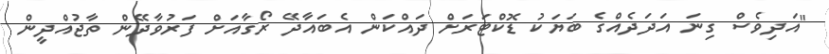
"އަދިވެސް ގިނަ އަދަދެއްގެ ބަޔަކު ޑޮކްޓަރަށް ދައްކަން އެބައާދޭ ރޯގާއަށް ފަރުވާދޭން ތާޖުއްދީން